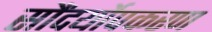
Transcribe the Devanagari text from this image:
सौंदर्योपकरण